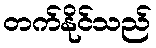
တက်နိုင်သည်